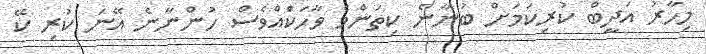
މިހާރު އަދީބް ކުރިކަމަށް ބުނާނެ ކިތަންމެ ވާހަކަެއްވެސް ހުންނާނެ އޭނަ ކުރި ކޭ